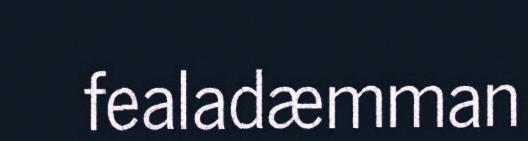
fealadæmman